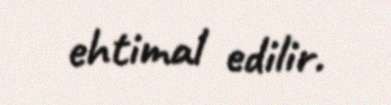
ehtimal edilir.